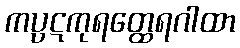
ကပ္ပဋကုရတ္ထေရဂါထာ